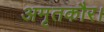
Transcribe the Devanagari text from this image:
अमृतकौर।